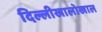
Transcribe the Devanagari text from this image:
दिल्लीखालोखाल